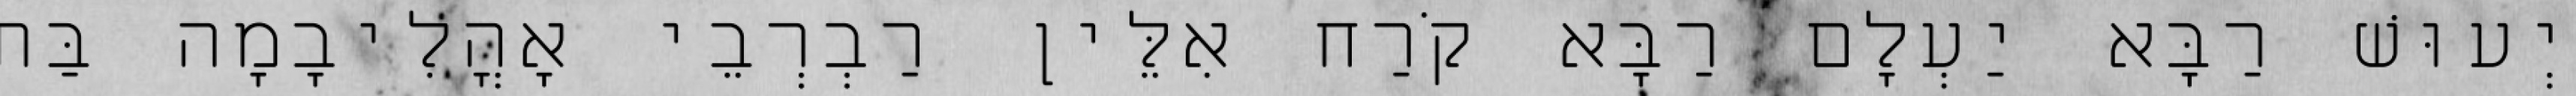
יְעוּשׁ רַבָּא יַעְלָם רַבָּא קֹרַח אִלֵּין רַבְרְבֵי אָהֳלִיבָמָה בַּת